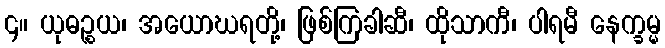
၄။ ယုဓဉ္စယ၊ အယောဃရတို့၊ ဖြစ်ကြခါဆီ၊ ထိုသာကီ၊ ပါရမီ နေက္ခမ္မ